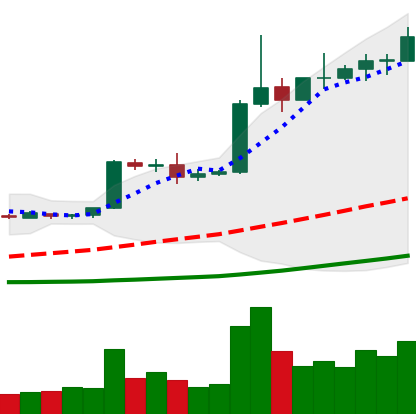
Ticker: EOS-USD
Chart end date: 2019-04-10
Forward return: -7.883%
Label: down_7plus